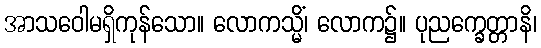
အာသဝေါမရှိကုန်သော။ လောကသ္မိံ၊ လောက၌။ ပုညက္ခေတ္တာနိ၊